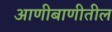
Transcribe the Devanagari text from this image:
आणीबाणीतील